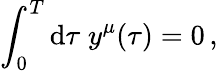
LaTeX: \int_{0}^{T}\mathrm{d}\tau\; y^{\mu}(\tau)=0\, ,